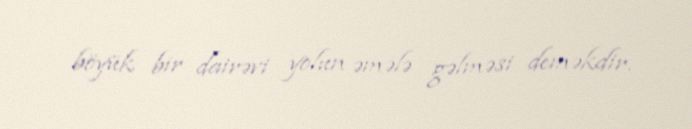
böyük bir dairəvi yolun əmələ gəlməsi deməkdir.